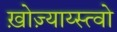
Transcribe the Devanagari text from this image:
ख़ोज़्याय्स्त्वो